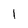
Character: 1